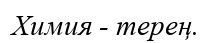
Химия - терең.